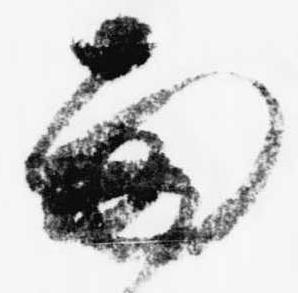
雨